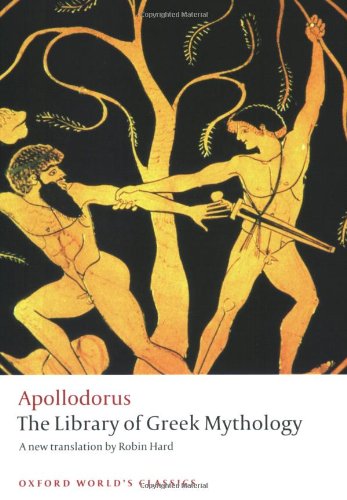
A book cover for The Library of Greek Mythology (Oxford World's Classics); Apollodorus; Literature & Fiction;